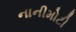
નાનીમોટી